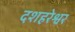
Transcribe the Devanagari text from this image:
दशहरेश्वर